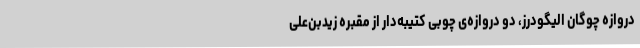
دروازه چوگان الیگودرز، دو دروازه‌ی چوبی کتیبه‌دار از مقبره زیدبن‌علی